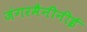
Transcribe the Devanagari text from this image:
जंगरमैनीनीई